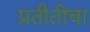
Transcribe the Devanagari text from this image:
प्रतीतीचा